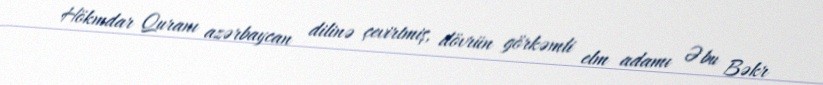
Hökmdar Quranı azərbaycan dilinə çevirtmiş, dövrün görkəmli elm adamı Əbu Bəkr